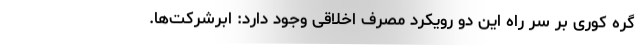
گره کوری بر سر راه این دو رویکرد مصرف اخلاقی وجود دارد: ابرشرکت‌ها.